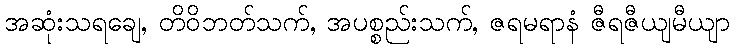
အဆုံးသရချေ, တိဝိဘတ်သက်, အပစ္စည်းသက်, ဇရမရာနံ ဇီရဇီယျမီယျာ